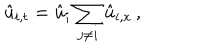
{ \hat { u } } _ { i , t } = { \hat { u } } _ { i } \sum _ { j \neq i } { \hat { u } } _ { i , x } \, ,